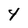
Character: 4